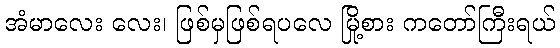
အံမာလေး လေး၊ ဖြစ်မှဖြစ်ရပလေ မြို့စား ကတော်ကြီးရယ်